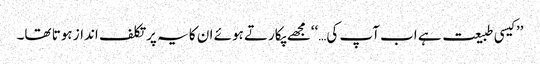
’’کیسی طبیعت ہے اب آپ کی…‘‘مجھے پکارتے ہوئے ان کا یہ پرتکلف انداز ہوتا تھا۔